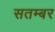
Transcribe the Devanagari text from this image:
सतम्बर